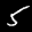
Label: 5